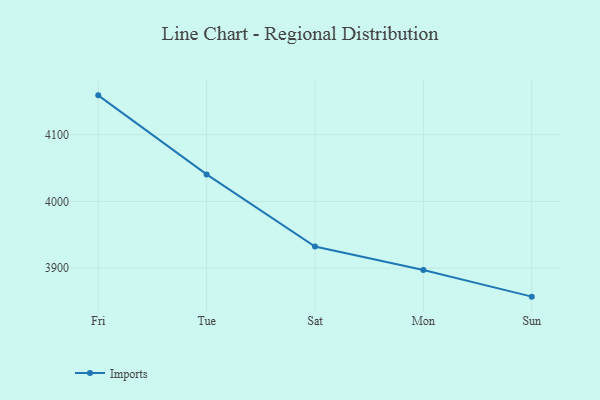
{"axis": {"x": "Day", "y": "Active Users"}, "legend": ["Imports"], "data": [{"x": "Fri", "y": 4159.1, "type": "Imports"}, {"x": "Tue", "y": 4040.5, "type": "Imports"}, {"x": "Sat", "y": 3932.2, "type": "Imports"}, {"x": "Mon", "y": 3897.1, "type": "Imports"}, {"x": "Sun", "y": 3857.1, "type": "Imports"}]}